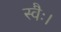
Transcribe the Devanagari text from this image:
स्वैः।